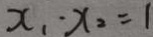
x _ { 1 } \cdot x _ { 2 } = 1